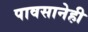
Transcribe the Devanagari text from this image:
पावसानेही